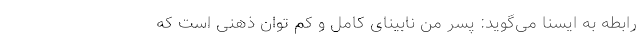
رابطه به ایسنا می‌گوید: پسر من نابینای کامل و کم توان ذهنی است که